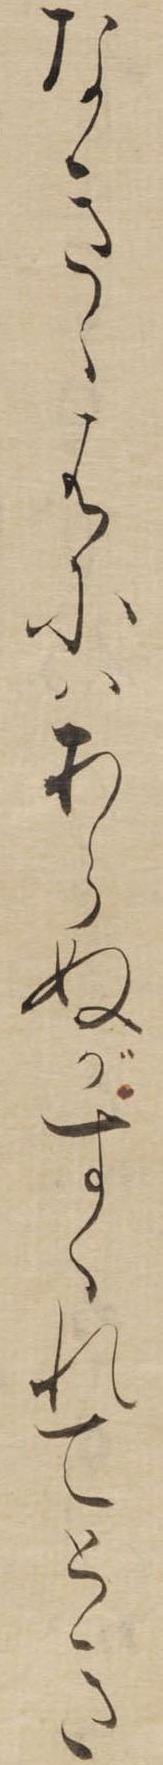
なきゝはにはあらぬがすくれてとき